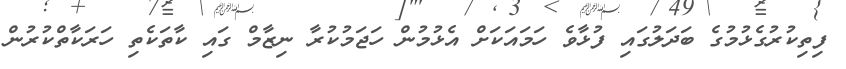
ފިތިކުރުގެޅުމުގެ ބަދަލުގައި ފުޅާވެ ހަމައަކަށް އެޅުމުން ހަޖަމުކުރާ ނިޒާމް ގައި ކާތަކެތި ހަރަކާތްކުރުން